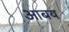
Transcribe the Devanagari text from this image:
आबय